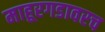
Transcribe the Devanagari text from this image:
माहूरगडावरच